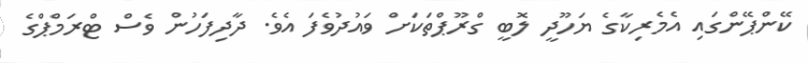
ކޭންޕޭންގައި އެމެރިކާގެ ޔަހޫދީ ލޮބީ ގްރޫޕްތަކަށް ވައުދުވެފަ އެވެ. ދާދިފަހުން ވެސް ޓްރަމްޕްގެ